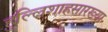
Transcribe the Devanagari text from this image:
हुल्लिशाहसारख्या